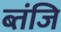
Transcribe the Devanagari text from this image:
ब्तंजि